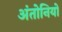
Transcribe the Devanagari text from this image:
अंतोनियों